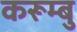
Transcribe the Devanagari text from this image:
करूम्बु